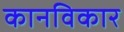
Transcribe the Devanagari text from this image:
कानविकार